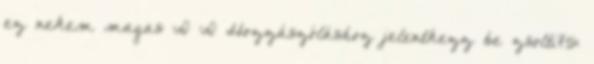
ez nekem magas :D :D Hozzászóláshoz jelentkezz be zsolti75: